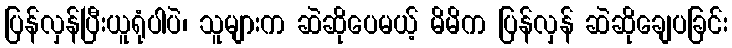
ပြန်လှန်ပြီးယူရုံပါပဲ၊ သူများက ဆဲဆိုပေမယ့် မိမိက ပြန်လှန် ဆဲဆိုချေပခြင်း